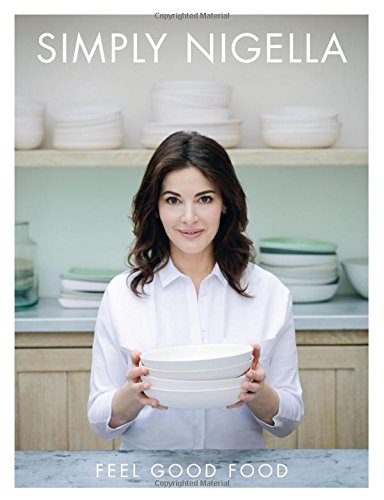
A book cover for Simply Nigella: Feel Good Food; Nigella Lawson; Cookbooks, Food & Wine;